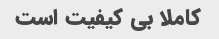
کاملا بی کیفیت است